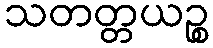
သတတ္တယဉ္စ